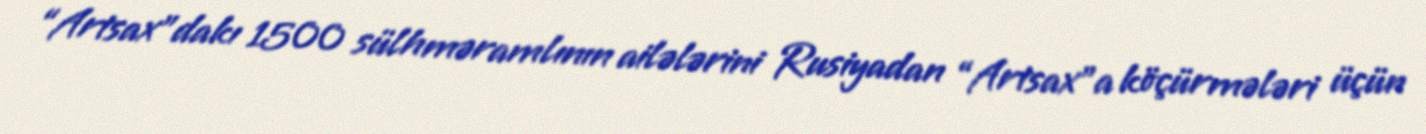
“Artsax”dakı 1500 sülhməramlının ailələrini Rusiyadan “Artsax”a köçürmələri üçün